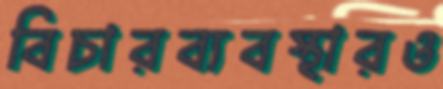
বিচারব্যবস্থারও